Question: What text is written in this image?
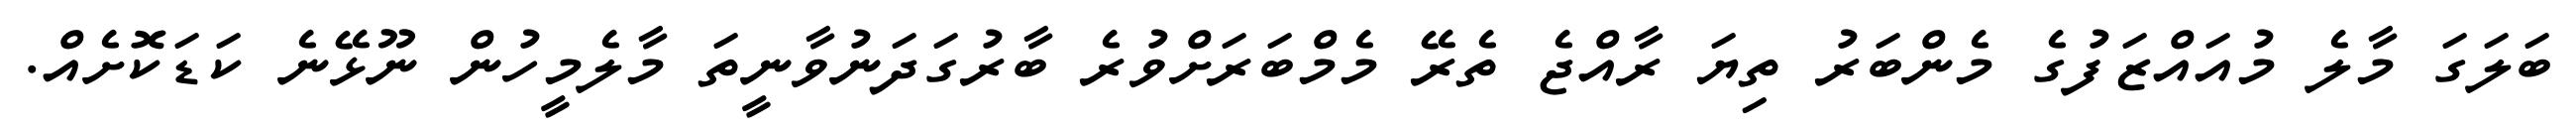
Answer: ބަލަގަ މާލެ މުއައްޒަފުގެ މެންބަރު ތިޔަ ރާއްޖެ ތެރޭ މެމްބަރަށްވުރެ ބާރުގަދަނުވާނީތަ މާލެމީހުން ނޫޅޭނެ ކަޑަކޮށެއް.